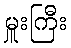
မှူးကြီး